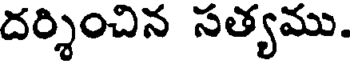
దర్శించిన సత్యము.